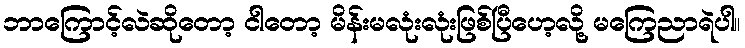
ဘာကြောင့်လဲဆိုတော့ ငါတော့ မိန်းမလုံးလုံးဖြစ်ပြီဟေ့လို့ မကြေညာရဲပါ။